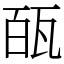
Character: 㼣